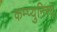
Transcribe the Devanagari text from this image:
कम्प्युनिस्ट